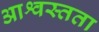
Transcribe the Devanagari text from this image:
आश्वस्तता